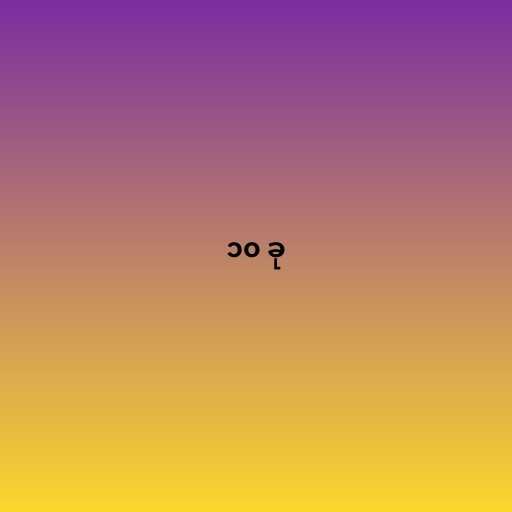
၁၀ ခု